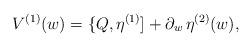
LaTeX: \begin{align*}V^{(1)}(w) = \{ Q, \eta^{(1)} ] + \partial_w\, \eta^{(2)}(w) ,\end{align*}